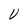
Character: U